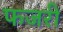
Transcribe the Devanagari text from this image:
फजरी